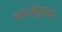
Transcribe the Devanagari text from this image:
गरजेपुरता